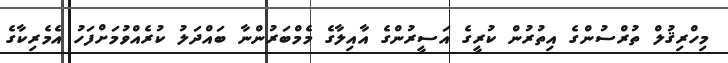
މިހްރިޤުލް ތުރްސުންގެ އިތުރުން ކުރީގެ އަސީރުންގެ އާއިލާގެ މެމްބަރުންނާ ބައްދަލު ކުރެއްވުމަށްފަހު އެމެރިކާގެ